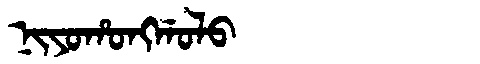
Manchu: ᠨᡳᠶᠣᡥᠣᠩᡤᠣᠯᠣ
Romanization: NIYOHONGGOLO